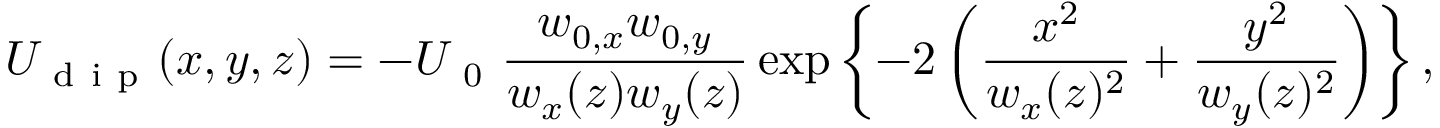
U _ { \mathrm { ~ d ~ i ~ p ~ } } ( x , y , z ) = - U _ { \mathrm { ~ 0 ~ } } \frac { w _ { 0 , x } w _ { 0 , y } } { w _ { x } ( z ) w _ { y } ( z ) } \exp \left\{ - 2 \left( \frac { x ^ { 2 } } { w _ { x } ( z ) ^ { 2 } } + \frac { y ^ { 2 } } { w _ { y } ( z ) ^ { 2 } } \right) \right\} ,